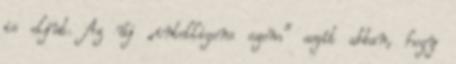
is eljut. Az új „intelligens szem” segít abban, hogy